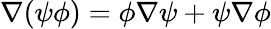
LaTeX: \nabla(\psi\phi)=\phi\nabla\psi+\psi\nabla\phi